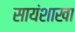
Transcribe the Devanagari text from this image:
सायंशाखा